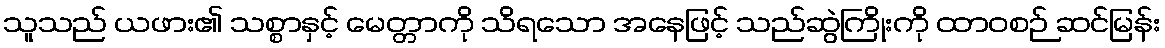
သူသည် ယဖား၏ သစ္စာနှင့် မေတ္တာကို သိရသော အနေဖြင့် သည်ဆွဲကြိုးကို ထာဝစဉ် ဆင်မြန်း